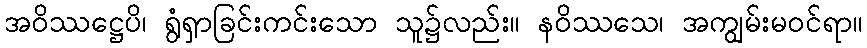
အဝိဿဋ္ဌေပိ၊ ရွံရှာခြင်းကင်းသော သူ၌လည်း။ နဝိဿသေ၊ အကျွမ်းမဝင်ရာ။